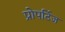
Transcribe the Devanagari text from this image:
प्रोपर्टिज